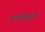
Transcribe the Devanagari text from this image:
मोनोक्यूलर